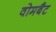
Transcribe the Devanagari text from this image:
वोमबैट